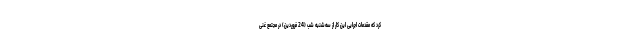
کرد که مقدمات اجرایی این کار از سه‌شنبه شب (24 فروردین) در مجتمع غنی